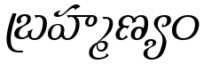
బ్రహ్మణ్యం